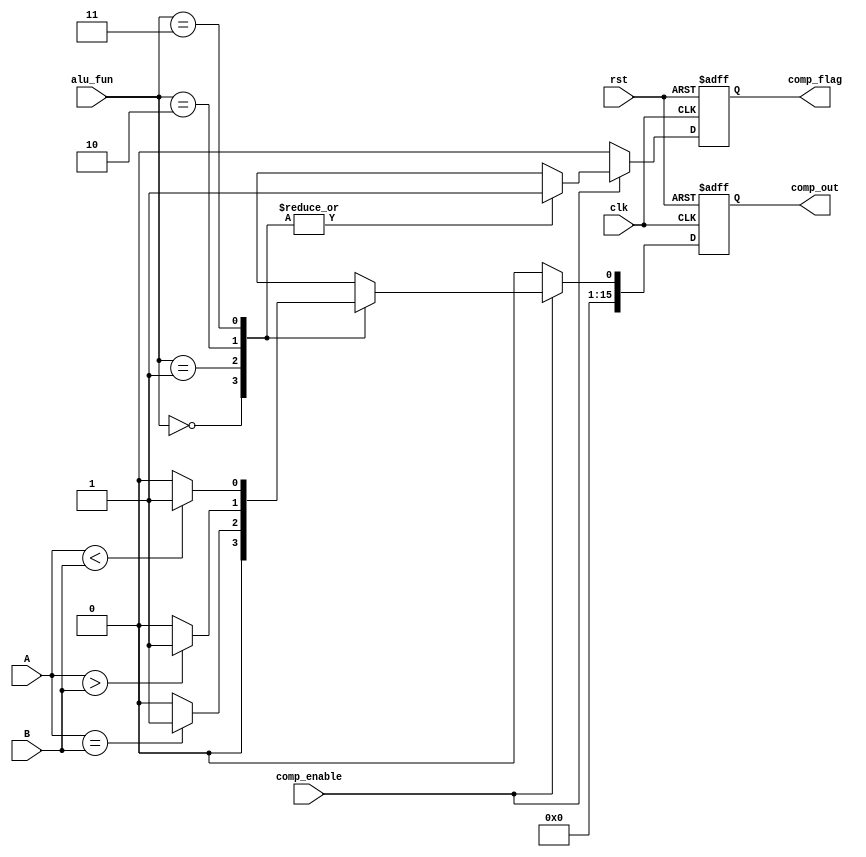
module comparsion_unit#(parameter alu_width =16)
(
  input wire [alu_width-1:0]  A,B,
  input wire                  clk,rst,
  input wire comp_enable,
  input wire [1:0]            alu_fun,
  output reg                  comp_flag,
  output reg [alu_width-1:0]  comp_out);

reg comp_out_reg ;
reg  comp_flag_reg ;

always @ (posedge clk or negedge rst)
 begin 
   if (!rst)
     begin
      comp_out  <= 'b0 ;
      comp_flag <= 'b0 ;	
	 end
   else
     begin   
      comp_out  <= comp_out_reg ;
      comp_flag <= comp_flag_reg ;
	 end
 end
 
always@(*)
    begin
      comp_out_reg = 1'b0;
      comp_flag_reg = 1'b0;
      
      if(comp_enable)
        begin
  case(alu_fun)
    
      4'b00:begin
      comp_out_reg = 1'b0;
      comp_flag_reg = 1'b1;
      end 
      4'b01:begin
        comp_flag_reg  = 1'b1;
        if(A==B)
           begin
    comp_out_reg = 1'b1;
    
          end
       else
          begin
    comp_out_reg   = 1'b0;
          end
        end
          
    4'b10:begin
      comp_flag_reg  = 1'b1 ;
      if(A > B)
        begin
    comp_out_reg   = 1'b1;
    
        end
    else
        begin
    comp_out_reg   = 1'b0;
        end
        end
  
          
    4'b11:begin
      comp_flag_reg  = 1'b1;
      if(A < B)
          begin
    comp_out_reg   = 16'b1;
          end
    else
          begin
    comp_out_reg   = 1'b0;

          end
      end
   endcase
          end
    //no need else on sequantion if
   end

  endmodule